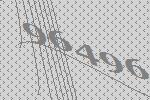
96496